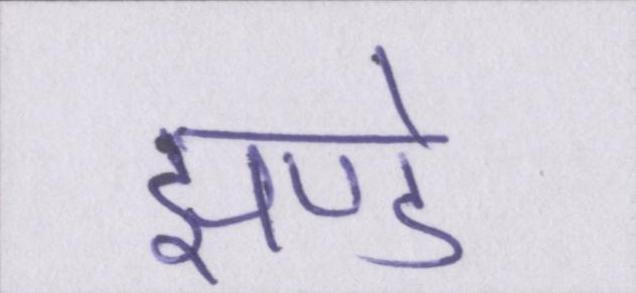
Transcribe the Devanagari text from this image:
झण्डे